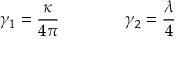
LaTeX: \gamma _ { 1 } = \frac \kappa { 4 \pi } \qquad \qquad \gamma _ { 2 } = \frac \lambda 4